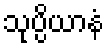
သုပ္ပိယာနံ